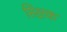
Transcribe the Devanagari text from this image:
सिक्षक